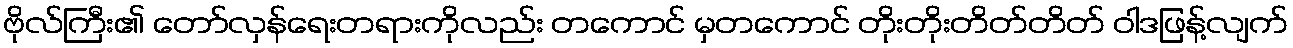
ဗိုလ်ကြီး၏ တော်လှန်ရေးတရားကိုလည်း တကောင် မှတကောင် တိုးတိုးတိတ်တိတ် ဝါဒဖြန့်လျက်